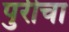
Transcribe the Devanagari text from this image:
पुरीचा